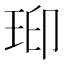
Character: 𤥋